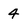
Character: 4